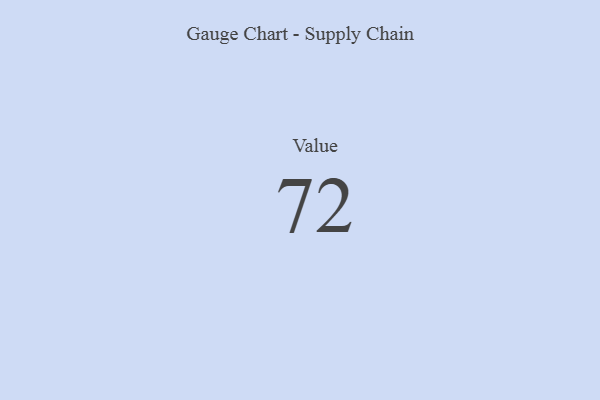
{"axis": {"x": "Metric", "y": "Value"}, "legend": [""], "data": [{"x": "Value", "y": 72, "type": ""}]}